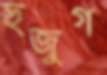
হুজুগ